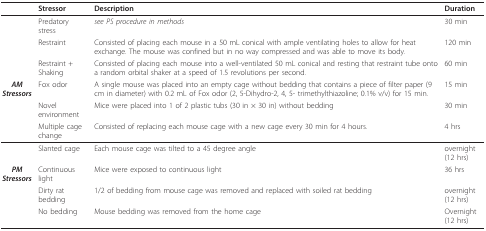
<table><thead><tr><td></td><td><b>Stressor</b></td><td><b>Description</b></td><td><b>Duration</b></td></tr></thead><tbody><tr><td></td><td>Predatory stress</td><td><i>see PS procedure in methods</i></td><td>30 min</td></tr><tr><td></td><td>Restraint</td><td>Consisted of placing each mouse in a 50 mL conical with ample ventilating holes to allow for heat exchange. The mouse was confined but in no way compressed and was able to move its body.</td><td>120 min</td></tr><tr><td></td><td>Restraint + Shaking</td><td>Consisted of placing each mouse into a well-ventilated 50 mL conical and resting that restraint tube onto a random orbital shaker at a speed of 1.5 revolutions per second.</td><td>60 min</td></tr><tr><td><b><i>AM Stressors</i></b></td><td>Fox odor</td><td>A single mouse was placed into an empty cage without bedding that contains a piece of filter paper (9 cm in diameter) with 0.2 mL of Fox odor (2, 5-Dihydro-2, 4, 5- trimethylthiazoline; 0.1% v/v) for 15 min.</td><td>15 min</td></tr><tr><td></td><td>Novel environment</td><td>Mice were placed into 1 of 2 plastic tubs (30 in × 30 in) without bedding</td><td>30 min</td></tr><tr><td></td><td>Multiple cage change</td><td>Consisted of replacing each mouse cage with a new cage every 30 min for 4 hours.</td><td>4 hrs</td></tr><tr><td></td><td>Slanted cage</td><td>Each mouse cage was tilted to a 45 degree angle</td><td>overnight (12 hrs)</td></tr><tr><td><b><i>PM Stressors</i></b></td><td>Continuous light</td><td>Mice were exposed to continuous light</td><td>36 hrs</td></tr><tr><td></td><td>Dirty rat bedding</td><td>1/2 of bedding from mouse cage was removed and replaced with soiled rat bedding</td><td>overnight (12 hrs)</td></tr><tr><td></td><td>No bedding</td><td>Mouse bedding was removed from the home cage</td><td>Overnight (12 hrs)</td></tr></tbody></table>